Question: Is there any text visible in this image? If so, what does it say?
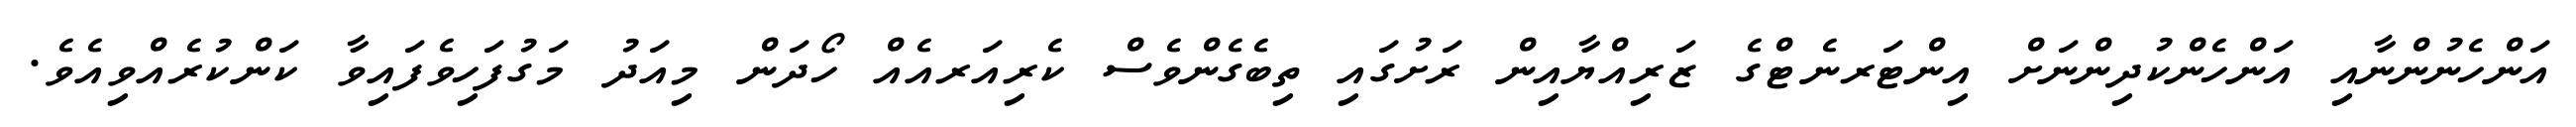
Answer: އަންހެނުންނާއި އަންހެންކުދިންނަށް އިންޓަރނެޓްގެ ޒަރިއްޔާއިން ރަށުގައި ތިބެގެންވެސް ކެރިއަރއެއް ހޯދަން މިއަދު މަގުފަހިވެފައިވާ ކަންކުރެއްވިއެވެ.